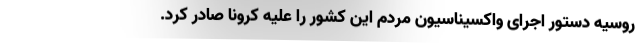
روسیه دستور اجرای واکسیناسیون مردم این کشور را علیه کرونا صادر کرد.